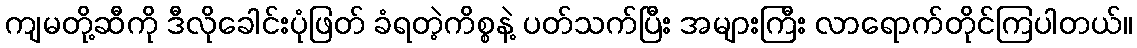
ကျမတို့ဆီကို ဒီလိုခေါင်းပုံဖြတ် ခံရတဲ့ကိစ္စနဲ့ ပတ်သက်ပြီး အများကြီး လာရောက်တိုင်ကြပါတယ်။